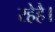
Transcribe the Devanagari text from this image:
रहेहै।